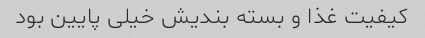
کیفیت غذا و بسته بندیش خیلی پایین بود